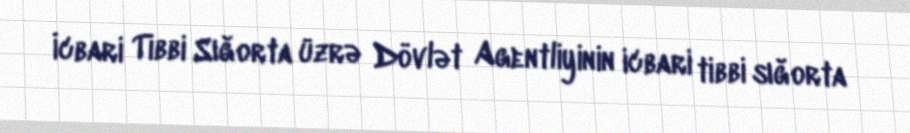
İcbari Tibbi Sığorta üzrə Dövlət Agentliyinin icbari tibbi sığorta